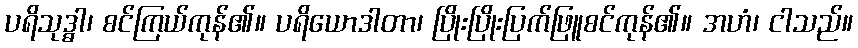
ပရိသုဒ္ဓါ၊ စင်ကြယ်ကုန်၏။ ပရိယောဒါတာ၊ ပြိုးပြိုးပြက်ဖြူစင်ကုန်၏။ အဟံ၊ ငါသည်။